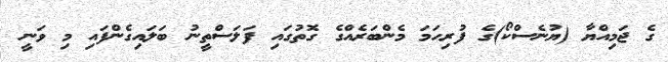
ގެ ޖަމިއްޔާ (ޔުނެސްކޯ)ގެ ފުރިހަމަ މެންބަރެއްގެ ގޮތުގައި ފަލަސްތީނު ބަލައިގެންފައި މި ވަނީ